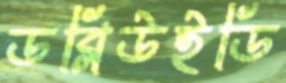
ডব্লিউইডি